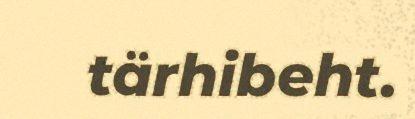
tärhibeht.